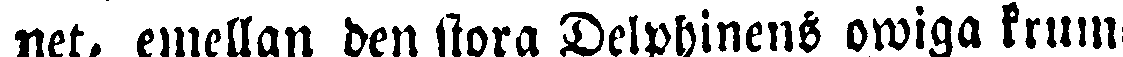
net, emellan den stora Delphinens owiga krum